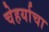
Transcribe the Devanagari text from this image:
चेहर्याचा